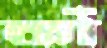
কাঁ